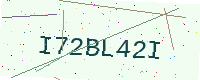
Text: I72BL42I